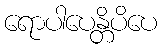
ရောပါပေန္တိပိပေ